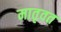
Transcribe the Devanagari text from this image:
मातृवत